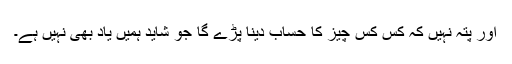
اور پتہ نہیں کہ کس کس چیز کا حساب دینا پڑے گا جو شاید ہمیں یاد بھی نہیں ہے۔